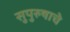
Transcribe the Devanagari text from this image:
सुपुरुषाचे